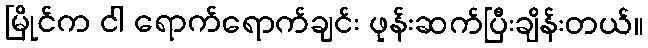
မြိုင်က ငါ ရောက်ရောက်ချင်း ဖုန်းဆက်ပြီးချိန်းတယ်။